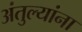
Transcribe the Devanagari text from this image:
अंतुल्यांना